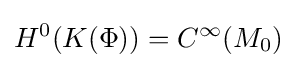
H^{0}(K(\Phi ))=C^{\infty }(M_{0})